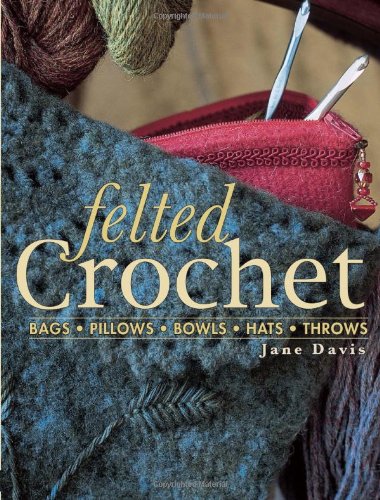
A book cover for Felted Crochet; Jane Davis; Crafts, Hobbies & Home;